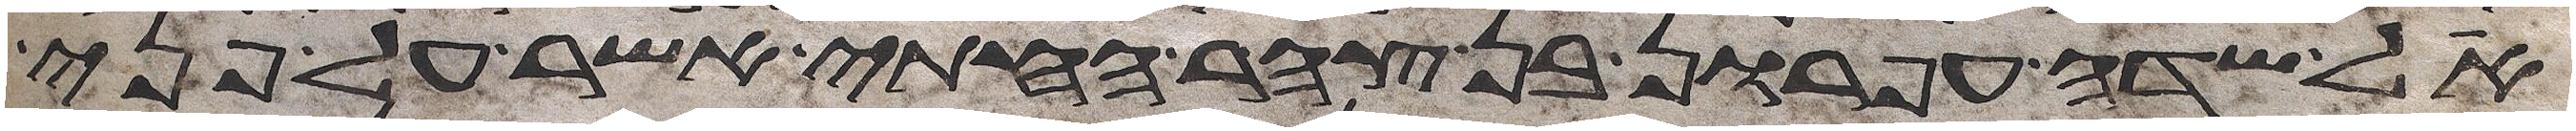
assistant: אל שדה עפרון בן צהר החתי אשר על פני